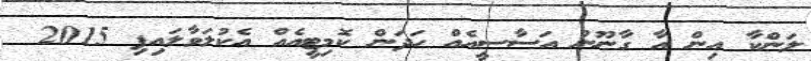
ލަންކާ އިން އާ ގާނޫނު އަސާސީއެއް ހަދަން ކޮމިޓީއެއް އެކުލަވާލައިފި 2015